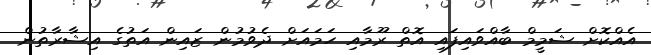
އެއްކޮށް ޝަމީމް ބާއްވައިފައި އޮތް ރޫމާއި ހަމައަށް ދެވުމުން ޒައިން އަތުގެ އިޝާރާތުން